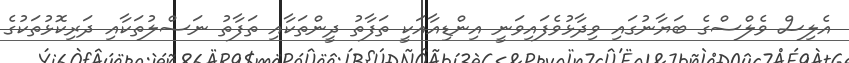
އެލިސް ވެލްސްގެ ބަޔާނުގައި ވިދާޅުވެފައިވަނީ އިންޑިއާއަކީ ތަފާތު ދީންތަކާއި ތަފާތު ނަސްލުތަކާއި ދަރިކޮޅުތަކުގެ